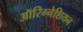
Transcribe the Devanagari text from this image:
ऑरिग्नेशियन